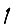
Digit: 1